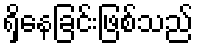
ရှိနေခြင်းဖြစ်သည်